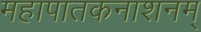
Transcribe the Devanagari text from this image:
महापातकनाशनम्‌